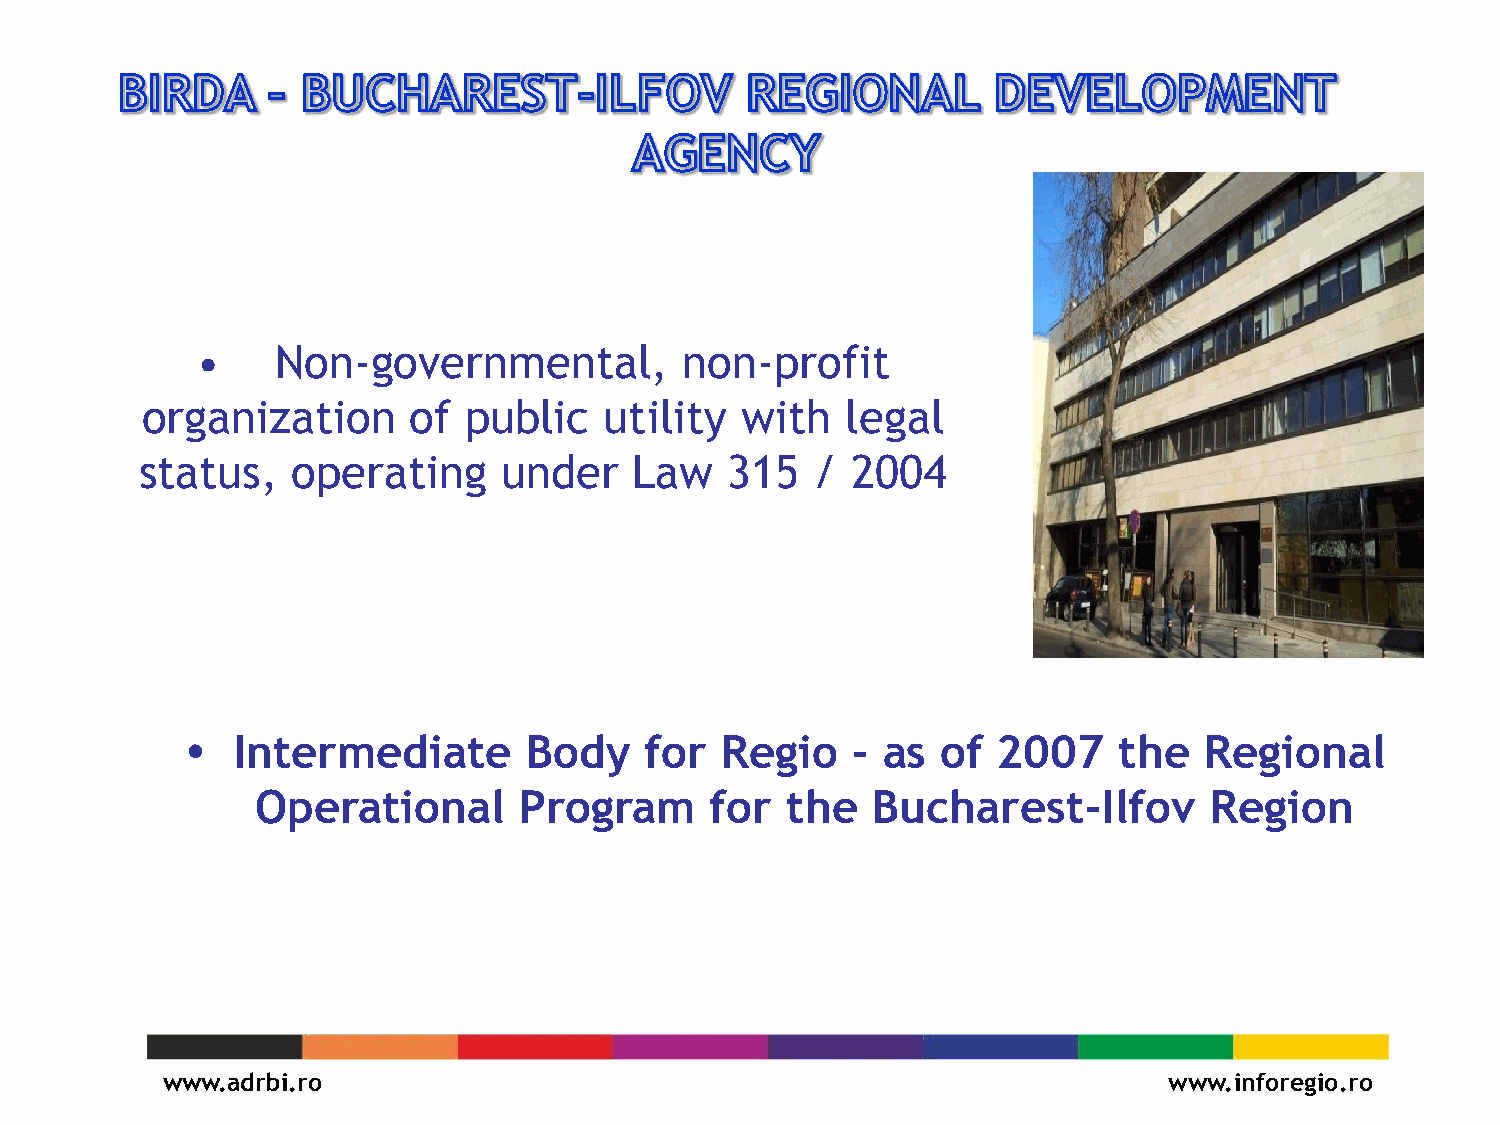
•    Non-governmental,          non-profit
 organization      of  public   utility  with   legal
 status,   operating     under    Law   315   / 2004
   Intermediate        Body    for  Regio   - as  of  2007    the   Regional
 Operational      Program      for  the   Bucharest-Ilfov       Region
 www.adrbi.ro                                                      www.inforegio.ro